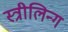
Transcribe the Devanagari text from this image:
स्त्रीलिन्ग